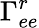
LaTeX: \Gamma_{ee}^{r}